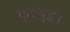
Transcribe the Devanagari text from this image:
कूटयुद्ध।